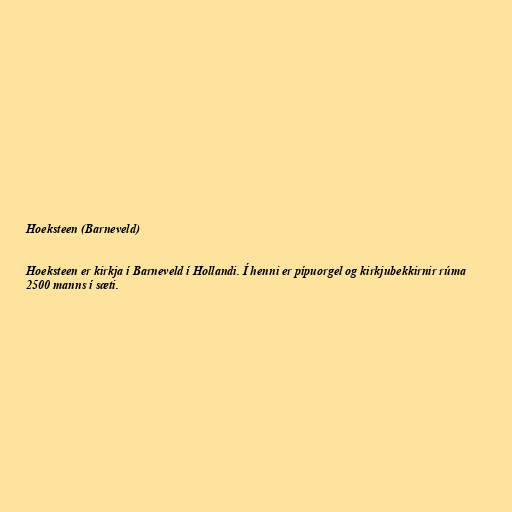
Hoeksteen (Barneveld)

Hoeksteen er kirkja í Barneveld í Hollandi. Í henni er pípuorgel og kirkjubekkirnir rúma
2500 manns í sæti.